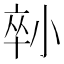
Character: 𡮇